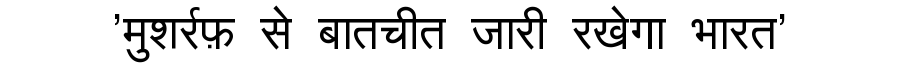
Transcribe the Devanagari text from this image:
'मुशर्रफ़ से बातचीत जारी रखेगा भारत'